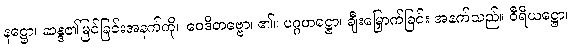
နဋ္ဌော၊ ဆန္ဒ၏မြင်ခြင်းအနက်ကို။ ဝေဒိတဗ္ဗော၊ ၏။ ပဂ္ဂဟဋ္ဌော၊ ချီးမြှောက်ခြင်း အနက်သည်။ ဝီရိယဋ္ဌော၊